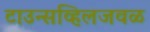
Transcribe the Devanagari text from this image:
टाउन्सव्हिलजवळ